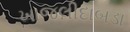
ખાજલીદાબડા